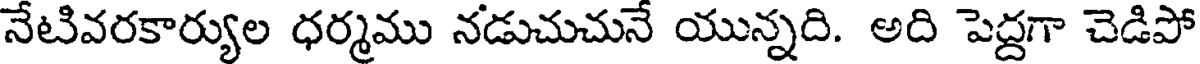
నేటివరకార్యుల ధర్మము నడుచుచునే యున్నది. అది పెద్దగా చెడిపో